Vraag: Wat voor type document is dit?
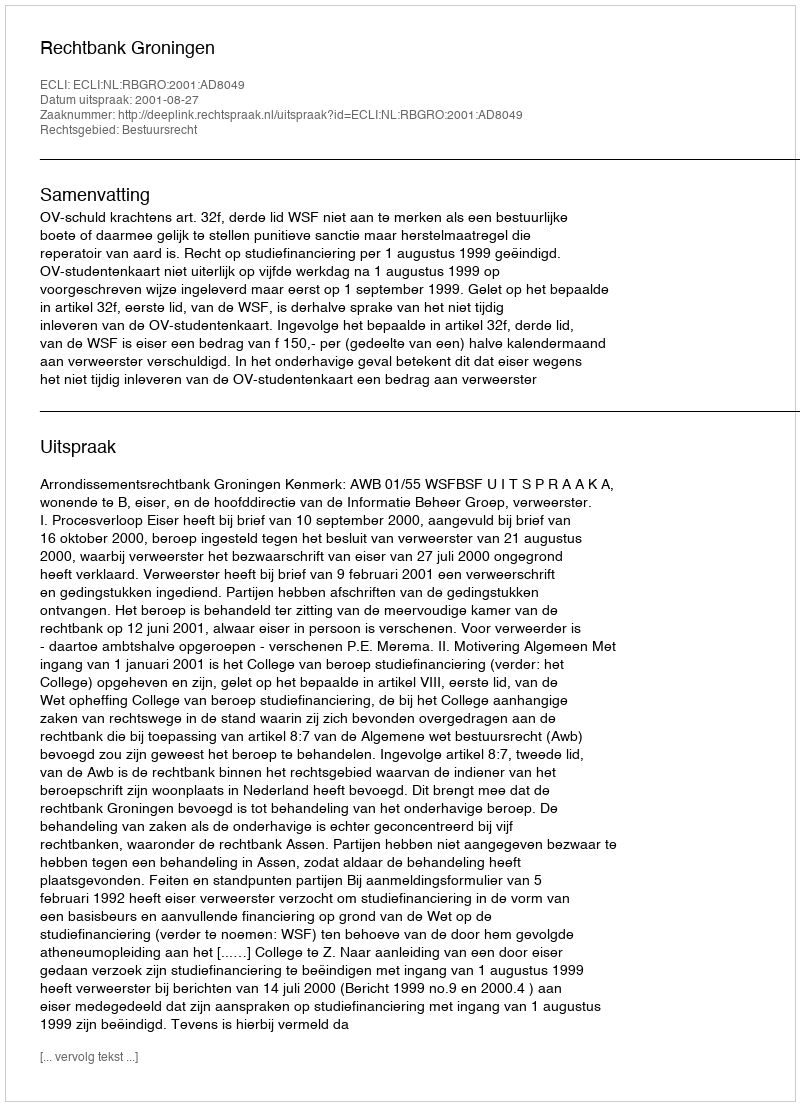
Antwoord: Uitspraak